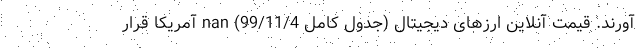
آورند. قیمت آنلاین ارزهای دیجیتال (جدول کامل 99/11/4) nan آمریکا قرار